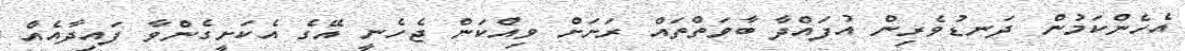
އެހެންކަމުން ދަނޑުވެރިން އުފައްދާ ބާވަތްތައް ރަށަށް ވިއްކަން ޖެހެނީ އޭގެ އެކަށީގެންވާ ފައިދާއެއް